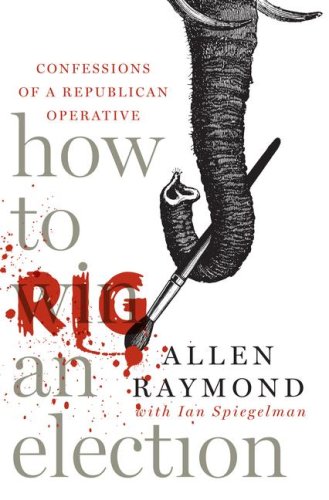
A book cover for How to Rig an Election: Confessions of a Republican Operative; Allen Raymond; Biographies & Memoirs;